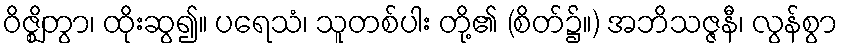
ဝိဇ္ဈိတွာ၊ ထိုးဆွ၍။ ပရေသံ၊ သူတစ်ပါး တို့၏ (စိတ်၌။) အဘိသဇ္ဇနီ၊ လွန်စွာ